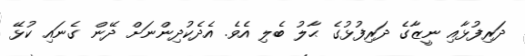
ދަރިފުޅާއި ނީޒާގެ ދަރިފުޅުގެ ޙާލު ބެލި އެވެ. އެދެކުދިންނަށް ދޭން ގެނައި ކުޅޭ